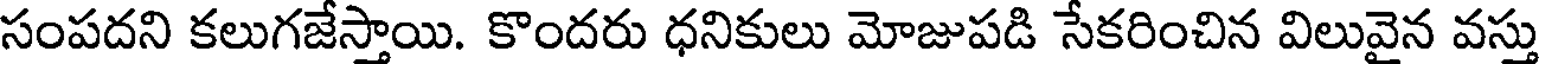
సంపదని కలుగజేస్తాయి. కొందరు ధనికులు మోజుపడి సేకరించిన విలువైన వస్తు